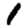
Digit: 1